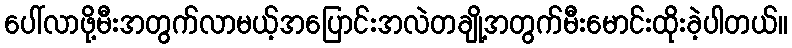
ပေါ်လာဖို့မီးအတွက်လာမယ့်အပြောင်းအလဲတချို့အတွက်မီးမောင်းထိုးခဲ့ပါတယ်။